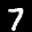
Label: 7